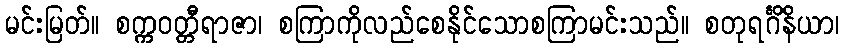
မင်းမြတ်။ စက္ကဝတ္တီရာဇာ၊ စကြာကိုလည်စေနိုင်သောစကြာမင်းသည်။ စတုရင်္ဂိနိယာ၊